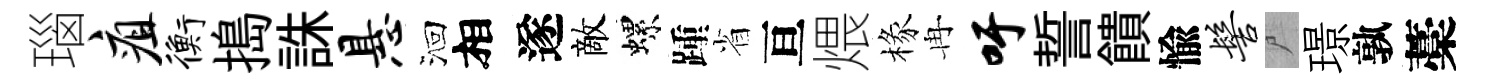
瑙疽衡搗誅悬洄相遂敵螺踵省亘煨椽冉吁誓饋愉髻尸璟孰藁